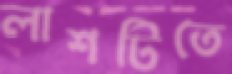
লাশটিতে